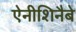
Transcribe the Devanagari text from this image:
ऐनीशिनैबे